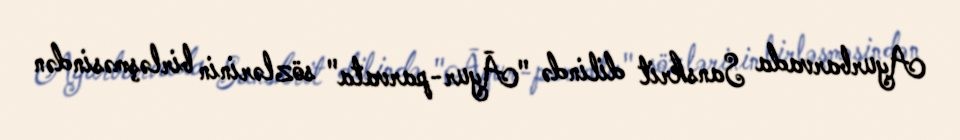
Ayurbarvada Sanskrit dilində "Āyur-parvata" sözlərinin birləşməsindən